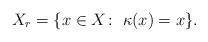
\begin{align*}X_r = \{x \in X\colon \; \kappa(x) = x\} .\end{align*}